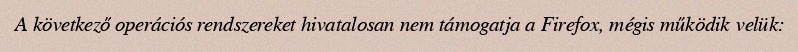
A következő operációs rendszereket hivatalosan nem támogatja a Firefox, mégis működik velük: